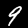
Digit: 9